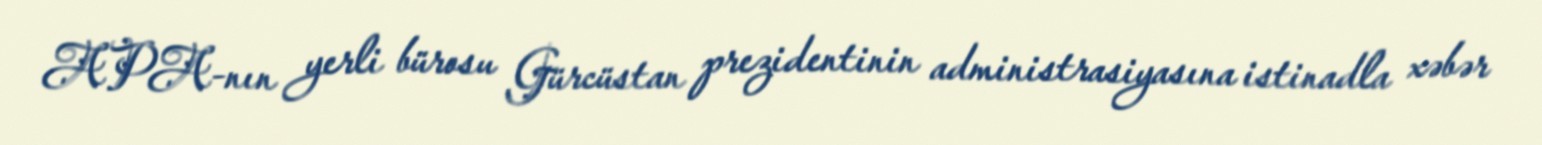
APA-nın yerli bürosu Gürcüstan prezidentinin administrasiyasına istinadla xəbər